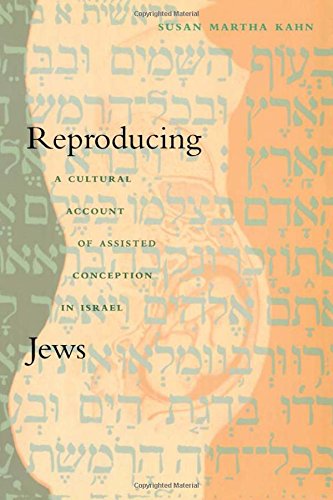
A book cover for Reproducing Jews: A Cultural Account of Assisted Conception in Israel (Body, Commodity, Text); Susan Martha Kahn; Religion & Spirituality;